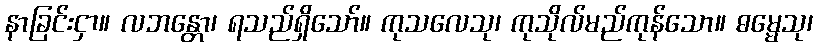
နာခြင်းငှာ။ လဘန္တော၊ ရသည်ရှိသော်။ ကုသလေသု၊ ကုသိုလ်မည်ကုန်သော။ ဓမ္မေသု၊